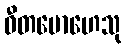
ဝီတမောဟေသု